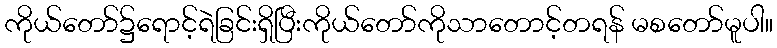
ကိုယ်တော်၌ရောင့်ရဲခြင်းရှိပြီးကိုယ်တော်ကိုသာတောင့်တရန် မစတော်မူပါ။